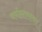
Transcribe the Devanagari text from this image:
वर्गस्तरावर